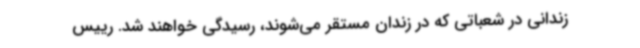
زندانی در شعباتی که در زندان مستقر می‌شوند، رسیدگی خواهند شد. رییس